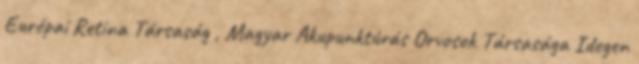
Európai Retina Társaság , Magyar Akupunktúrás Orvosok Társasága Idegen